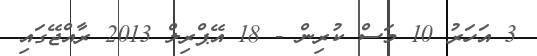
3 އަހަރު 10 މަސް ކުރިން - 18 އޭޕްރިލް 2013 ރާއްޖޭގައި